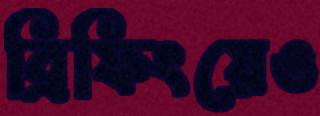
ব্রিফিংয়েও